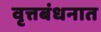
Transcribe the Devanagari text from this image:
वृत्तबंधनात